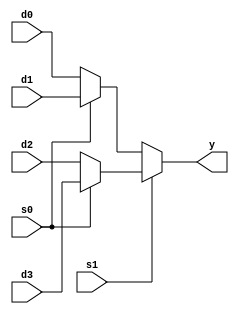
//20T118
module mux(
    input d0,d1,d2,d3,s0,s1,
    output y
    );
assign y = s1 ? (s0 ? d3 : d2) : (s0 ? d1 : d0);


endmodule